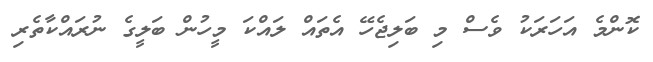
ކޮންމެ އަހަރަކު ވެސް މި ބަލިޖެހޭ އެތައް ލައްކަ މީހުން ބަލީގެ ނުރައްކާތެރި